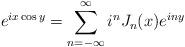
LaTeX: \begin{align*} e^{ix\cos y}=\sum_{n=-\infty}^{\infty}i^nJ_n(x)e^{iny}\end{align*}